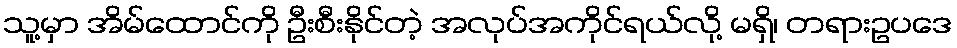
သူ့မှာ အိမ်ထောင်ကို ဦးစီးနိုင်တဲ့ အလုပ်အကိုင်ရယ်လို့ မရှိ၊ တရားဥပဒေ